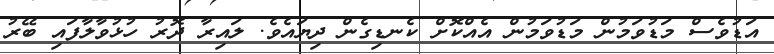
އަޑުވެސް މަޑުވަމުން މަޑުވަމުން އެއްކޮށް ކެނޑިގެން ދިޔައެވެ. ލައިރާ ދޮރު ހުޅުވާލާފައި ބޭރު